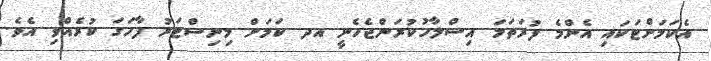
އެކަމަށްޓަކައި އެންމެ ފުރަތަމަ އިސްލާހުކުރަންޖެހެނީ އދ ކަމަށް މިނިސްޓަރު ފާހަގަ ކުރެއްވި އެވެ.